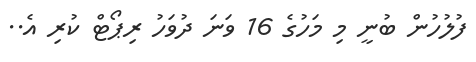
ފުލުހުން ބުނީ މި މަހުގެ 16 ވަނަ ދުވަހު ރިޕޯޓް ކުރި އެ..